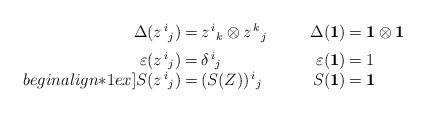
LaTeX: \begin{align*}\begin{array}{r@{\: = \:}l@{\qquad\ \ }r@{\: = \:}l}\Delta(z^{\,i}{}_j) & z^{\,i}{}_k \otimes z^{\,k}{}_j &\Delta({\bf 1}) & {\bf 1} \otimes {\bf 1} \\ [1ex]\varepsilon(z^{\,i}{}_j) & \delta^{\,i}{}_j &\varepsilon({\bf 1}) & 1 \\begin{align*}1ex]S(z^{\,i}{}_j) & (S(Z))^{\,i}{}_j & S({\bf 1}) &{\bf 1}\end{array}\end{align*}